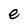
Character: e